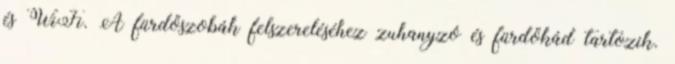
és WiFi. A fürdőszobák felszereléséhez zuhanyzó és fürdőkád tartozik.